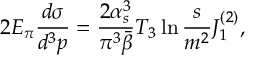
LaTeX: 2 E _ { \pi } \frac { d \sigma } { d ^ { 3 } { \displaystyle p } } = \frac { 2 \alpha _ { s } ^ { 3 } } { \pi ^ { 3 } \bar { \beta } } T _ { 3 } \ln \frac { s } { m ^ { 2 } } J _ { 1 } ^ { ( 2 ) } ,